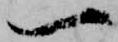
一